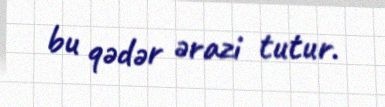
bu qədər ərazi tutur.